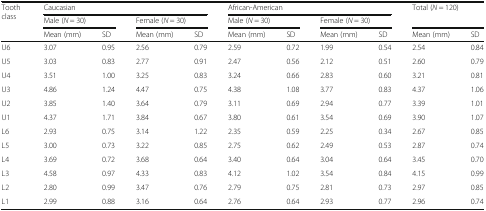
| <ROWSPAN=3> Tooth class | <COLSPAN=4> Caucasian | <COLSPAN=4> African-American | <ROWSPAN=2-COLSPAN=2> Total (N = 120) |
 | <COLSPAN=2> Male (N = 30) | <COLSPAN=2> Female (N = 30) | <COLSPAN=2> Male (N = 30) | <COLSPAN=2> Female (N = 30) |
 | Mean (mm) | SD | Mean (mm) | SD | Mean (mm) | SD | Mean (mm) | SD | Mean (mm) | SD |
 | --- | --- | --- | --- | --- | --- | --- | --- | --- | --- | --- |
 | U6 | 3.07 | 0.95 | 2.56 | 0.79 | 2.59 | 0.72 | 1.99 | 0.54 | 2.54 | 0.84 |
 | U5 | 3.03 | 0.83 | 2.77 | 0.91 | 2.47 | 0.56 | 2.12 | 0.51 | 2.60 | 0.79 |
 | U4 | 3.51 | 1.00 | 3.25 | 0.83 | 3.24 | 0.66 | 2.83 | 0.60 | 3.21 | 0.81 |
 | U3 | 4.86 | 1.24 | 4.47 | 0.75 | 4.38 | 1.08 | 3.77 | 0.83 | 4.37 | 1.06 |
 | U2 | 3.85 | 1.40 | 3.64 | 0.79 | 3.11 | 0.69 | 2.94 | 0.77 | 3.39 | 1.01 |
 | U1 | 4.37 | 1.71 | 3.84 | 0.67 | 3.80 | 0.61 | 3.54 | 0.69 | 3.90 | 1.07 |
 | L6 | 2.93 | 0.75 | 3.14 | 1.22 | 2.35 | 0.59 | 2.25 | 0.34 | 2.67 | 0.85 |
 | L5 | 3.00 | 0.73 | 3.22 | 0.85 | 2.75 | 0.62 | 2.49 | 0.53 | 2.87 | 0.74 |
 | L4 | 3.69 | 0.72 | 3.68 | 0.64 | 3.40 | 0.64 | 3.04 | 0.64 | 3.45 | 0.70 |
 | L3 | 4.58 | 0.97 | 4.33 | 0.83 | 4.12 | 1.02 | 3.54 | 0.84 | 4.15 | 0.99 |
 | L2 | 2.80 | 0.99 | 3.47 | 0.76 | 2.79 | 0.75 | 2.81 | 0.73 | 2.97 | 0.85 |
 | L1 | 2.99 | 0.88 | 3.16 | 0.64 | 2.76 | 0.64 | 2.93 | 0.77 | 2.96 | 0.74 |